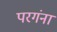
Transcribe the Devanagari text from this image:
परगंना